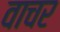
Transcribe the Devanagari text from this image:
वाचर